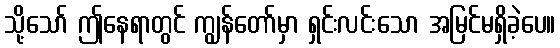
သို့သော် ဤနေရာတွင် ကျွန်တော်မှာ ရှင်းလင်းသော အမြင်မရှိခဲ့ပေ။